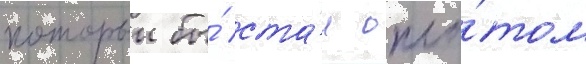
которыи бы́ ста́л опло́том